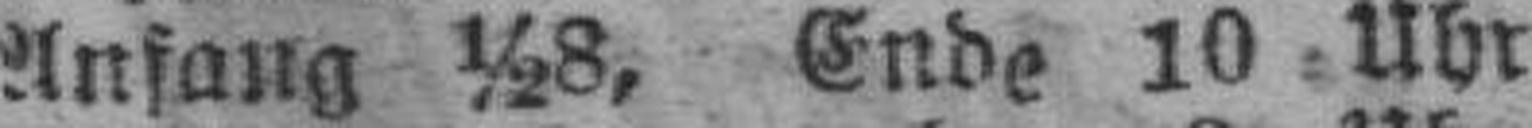
Anfang ½8, Ende 10 Uhr